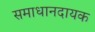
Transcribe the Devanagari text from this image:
समाधानदायक